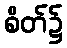
စိတ်၌